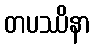
တပဿိနာ